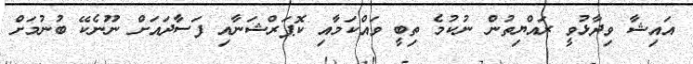
އައިޝާ ވިދާޅުވީ ރައްޔިތުން ނުކުމެ ތިބީ ވައްކަމާއި ކޮޕަރްޝަނާއި ފަސާދައަށް ނޫނެކޭ ބުނުމަށް